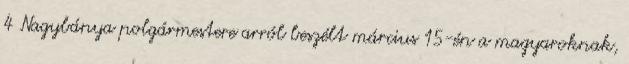
4 Nagybánya polgármestere arról beszélt március 15-én a magyaroknak,